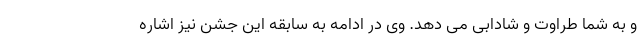
و به شما طراوت و شادابی می دهد. وی در ادامه به سابقه این جشن نیز اشاره